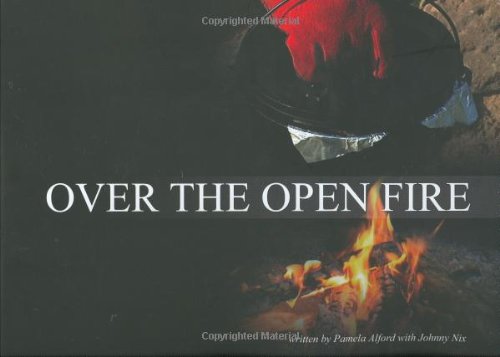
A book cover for Over the Open Fire; Johnny Nix Pamela Alford; Cookbooks, Food & Wine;